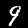
Digit: 9